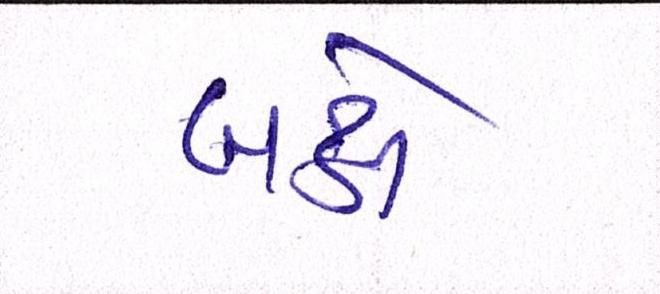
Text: બક્ષે